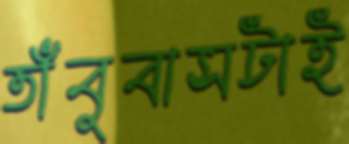
তাঁবুবাসটাই